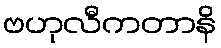
ဗဟုလီကတာနိ